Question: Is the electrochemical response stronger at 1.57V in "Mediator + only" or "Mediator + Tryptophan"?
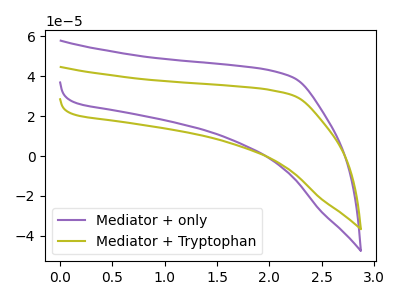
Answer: <think>The purple curve "Mediator + only" has no peaks. The olive curve "Mediator + Tryptophan" has no peaks.</think>
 <answer>"Mediator + only" and "Mediator + Tryptophan" dont share a peak at 1.57V.</answer>
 <eval>mismatch</eval>